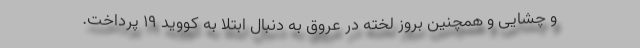
و چشایی و همچنین بروز لخته در عروق به دنبال ابتلا به کووید ۱۹ پرداخت.